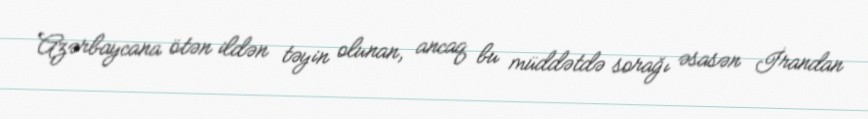
Azərbaycana ötən ildən təyin olunan, ancaq bu müddətdə sorağı əsasən İrandan